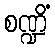
စဏ္ဍိံ